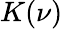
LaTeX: K(\nu)